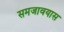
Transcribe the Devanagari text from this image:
समजावयास